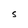
Character: S